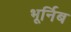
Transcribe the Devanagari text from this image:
भूर्निब